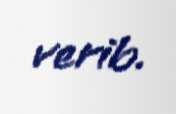
verib.